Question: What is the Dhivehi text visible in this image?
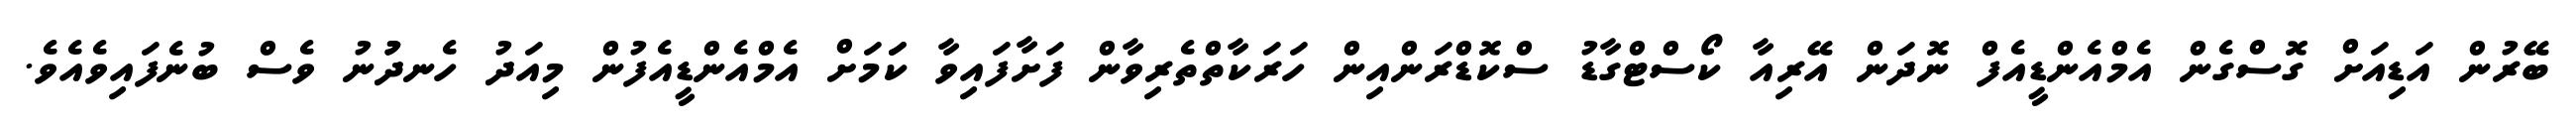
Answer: ބޭރުން އަޑިއަށް ގޮސްގެން އެމްއެންޑީއެފް ނޮދަން އޭރިއާ ކޯސްޓްގާޑު ސްކޮޑްރަންއިން ހަރަކާތްތެރިވާން ފަށާފައިވާ ކަަމަށް އެމްއެންޑީއެފުން މިއަދު ހެނދުުނު ވެސް ބުނެފައިވެއެވެ.